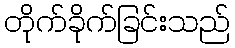
တိုက်ခိုက်ခြင်းသည်